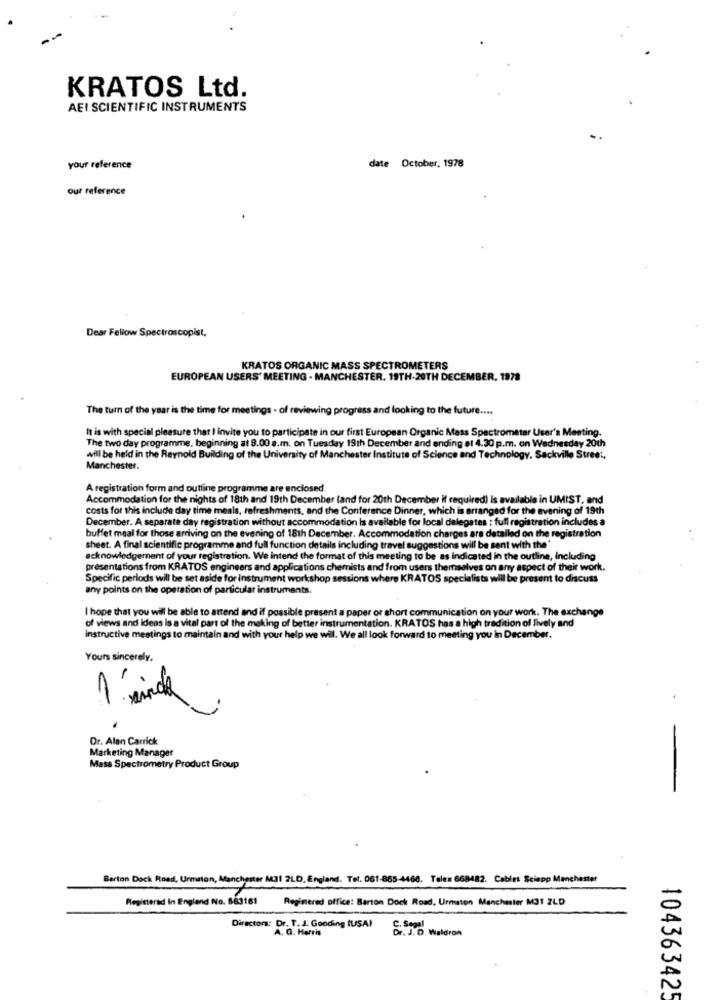
KRATOS Ltd.
AEI SCIENTIFIC INSTRUMENTS
date October, 1978
your reference
our reference
Dear Fellow Spectroscopist,
KRATOS ORGANIC MASS SPECTROMETERS
EUROPEAN USERS' MEETING - MANCHESTER, 19TH-20TH DECEMBER, 1978
The turn of the year is the time for meetings - of reviewing progress and looking to the future ....
It is with special pleasure that I invite you to participate in our first European Organic Mass Spectrometer User's Meeting.
The two day programme, beginning at 9.00 a.m. on Tuesday 19th December and ending at 4.30 p.m. on Wednesday 20th
will be held in the Reynold Building of the University of Manchester Institute of Science and Technology, Sackville Street,
Manchester.
A registration form and outline programme are enclosed.
Accommodation for the nights of 18th and 19th December (and for 20th December if required) Is available in UMIST, and
costs for this include day time meals, refreshments, and the Conference Dinner, which is arranged for the evening of 19th
December. A separate day registration without accommodation Is available for local delegates : full registration includes a
buffet meal for those arriving on the evening of 18th December. Accommodation charges are detailed on the registration
sheet. A final scientific programme and full function details including travel suggestions will be sent with the'
acknowledgement of your registration. We intend the format of this meeting to be as indicated in the outline, Including
presentations from KRATOS engineers and applications chemists and from users themselves on any aspect of their work.
Specific perlods will be set aside for instrument workshop sessions where KRATOS specialists will be present to discuss
any points on the operation of particular instruments.
I hope that you will be able to attend and if possible present a paper or short communication on your work. The exchange
of views and ideas is a vital part of the making of better instrumentation. KRATOS has a high tradition of lively and
instructive mestings to maintain and with your help we will. We all look forward to meeting you in December.
Yours sincerely.
-
Dr. Alan Carrick
Marketing Manager
Mass Spectrometry Product Group
Barton Dock Road, Urmaton, Manchester M31 2LD, England. Tel. 061-865-4468. Telex 668482. Cables Sciopp Manchester
Registered In England No. 663161
Registered office: Barton Dock Road, Urmston Manchester M31 2LD
Director: Dr. T. J. Gooding (USA)
A. O. Herris
C.J.D. Waldron
104363425